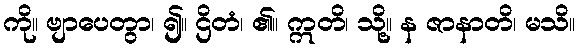
ကို။ ဗျာပေတွာ၊ ၍။ ဌိတံ၊ ၏။ ဣတိ၊ သို့။ န ဇာနာတိ၊ မသိ။